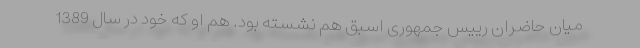
میان حاضران رییس جمهوری اسبق هم نشسته بود. هم او که خود در سال 1389